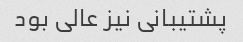
پشتیبانی نیز عالی بود